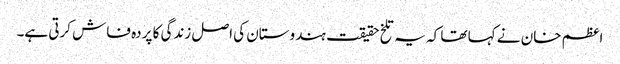
اعظم خان نے کہا تھا کہ یہ تلخ حقیقت ہندوستان کی اصل زندگی کا پردہ فاش کرتی ہے۔